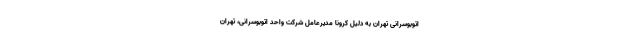
اتوبوسرانی تهران به دلیل کرونا مدیرعامل شرکت واحد اتوبوسرانی، تهران